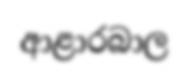
ආළාරබාල